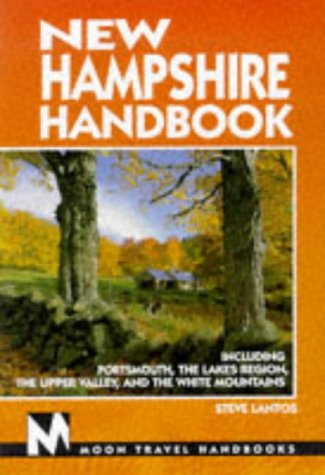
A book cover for Moon Handbooks New Hampshire (Moon Travel Handbooks); Steve Lantos; Travel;